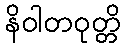
နိဝါတဝုတ္တိ